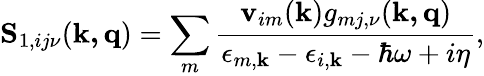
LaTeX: \mathbf{S}_{1,ij\nu}(\mathbf{k,\mathbf{q}})=\sum_{m}\frac{\textbf{v}_{im}(\mathbf{k})g_{mj,\nu}(\mathbf{k,q})}{\epsilon_{m,\mathbf{k}}-\epsilon_{i,\mathbf{k}}-\hbar\omega+i\eta},